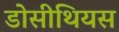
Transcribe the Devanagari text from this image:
डोसीथियस